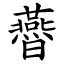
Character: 㬫